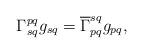
LaTeX: \begin{align*}\Gamma^{pq}_{sq} g_{sq} = \overline{\Gamma}^{sq}_{pq} g_{pq},\end{align*}